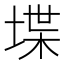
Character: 堞